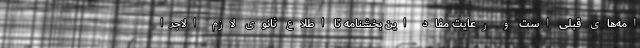
امه‌های قبلی است و رعایت مفاد این بخشنامه تا اطلاع ثانوی لازم الاجرا